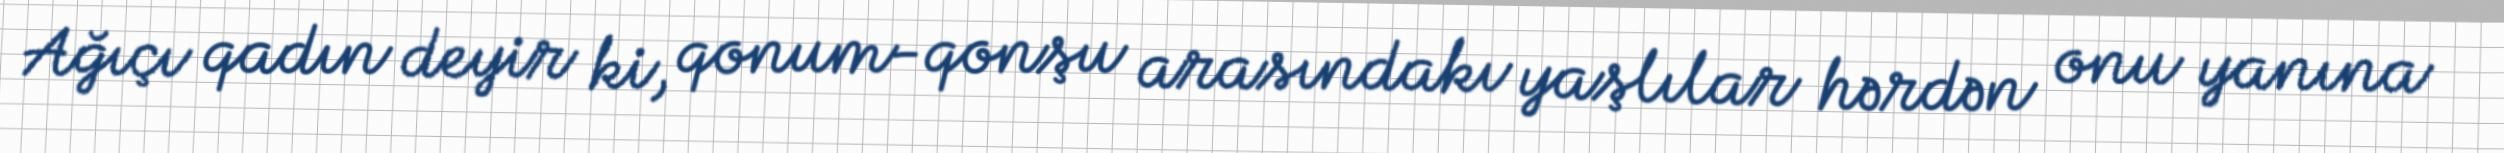
Ağıçı qadın deyir ki, qonum-qonşu arasındakı yaşlılar hərdən onu yanına